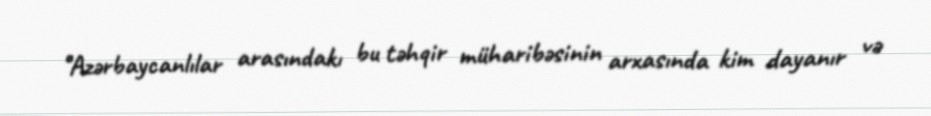
‘’Azərbaycanlılar arasındakı bu təhqir müharibəsinin arxasında kim dayanır və